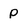
Character: P